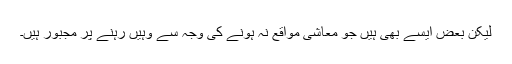
لیکن بعض ایسے بھی ہیں جو معاشی مواقع نہ ہونے کی وجہ سے وہیں رہنے پر مجبور ہیں۔